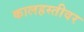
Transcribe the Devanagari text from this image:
कालहस्तीवर